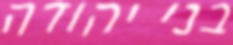
בני יהודה